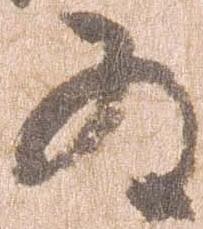
為